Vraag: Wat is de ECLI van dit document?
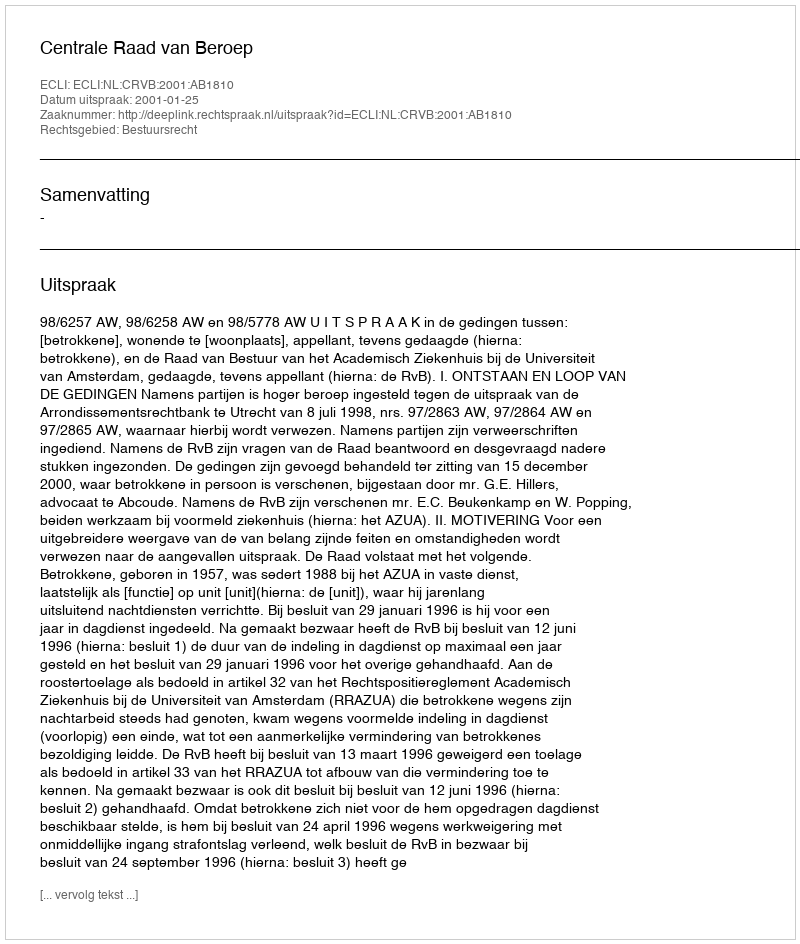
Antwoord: ECLI:NL:CRVB:2001:AB1810